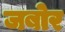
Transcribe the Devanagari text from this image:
जबोर